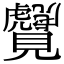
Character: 𬢆